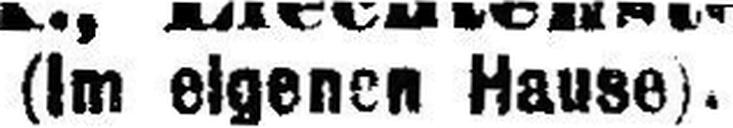
(Im eigenen Hause).